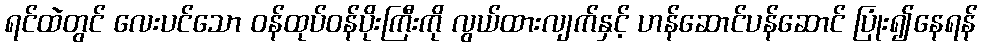
ရင်ထဲတွင် လေးပင်သော ဝန်ထုပ်ဝန်ပိုးကြီးကို လွယ်ထားလျက်နှင့် ဟန်ဆောင်ပန်ဆောင် ပြုံး၍နေရန်